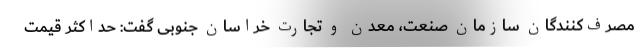
مصرف‌کنندگان سازمان صنعت، معدن و تجارت خراسان جنوبی گفت: حداکثر قیمت